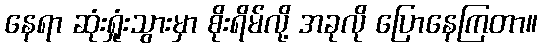
နေရာ ဆုံးရှုံးသွားမှာ စိုးရိမ်လို့ အခုလို ပြောနေကြတာ။